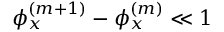
\phi _ { x } ^ { ( m + 1 ) } - \phi _ { x } ^ { ( m ) } \ll 1